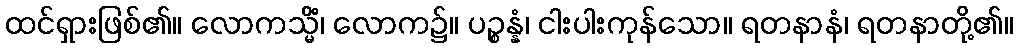
ထင်ရှားဖြစ်၏။ လောကသ္မိံ၊ လောက၌။ ပဉ္စန္နံ၊ ငါးပါးကုန်သော။ ရတနာနံ၊ ရတနာတို့၏။